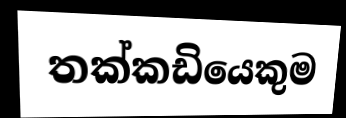
තක්කඩියෙකුම